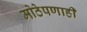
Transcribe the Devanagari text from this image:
मोठेपणाही